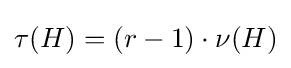
\tau (H)=(r-1)\cdot \nu (H)